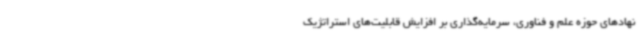
نهادهای حوزه علم و فناوری، سرمایه‌گذاری بر افزایش قابلیت‌های استراتژیک